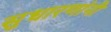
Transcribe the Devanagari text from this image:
सुधारणांनी